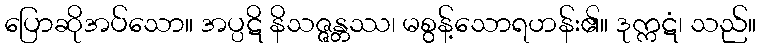
ပြောဆိုအပ်သော။ အပ္ပဋိ နိသဇ္ဇန္တဿ၊ မစွန့်သောရဟန်း၏။ ဒုက္ကဋံ၊ သည်။